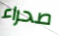
صحراء